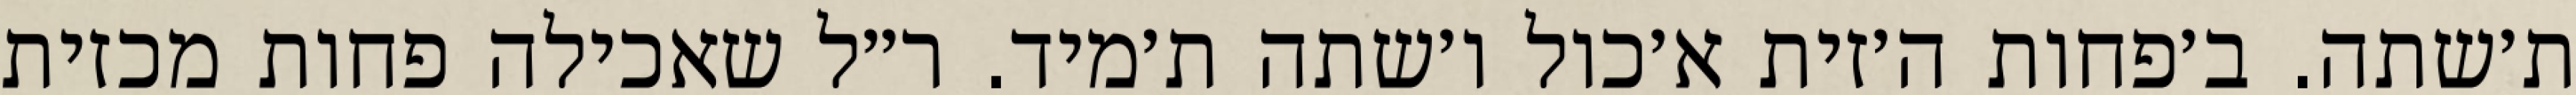
ת׳שתה. ב׳פחות ה׳זית א׳כול ו׳שתה ת׳מיד. ר״ל שאכילה פחות מכזית